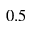
0 . 5